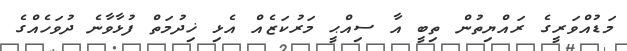
މަޑުއްވަރީގެ ރައްޔިތުން ތިބީ އާ ސިއްޙީ މަރުކަޒެއް އެޅި ޚިދުމަތް ފުޅާވާނެ ދުވަހެއްގެ